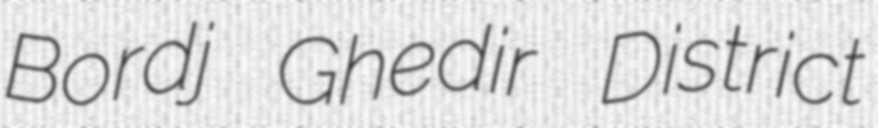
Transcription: Bordj Ghedir District